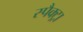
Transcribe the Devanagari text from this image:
स्पैक्ट्रा